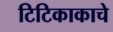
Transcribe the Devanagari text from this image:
टिटिकाकाचे